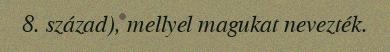
8. század), mellyel magukat nevezték.